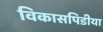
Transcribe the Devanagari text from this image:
विकासपिडीया